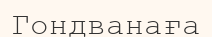
Гондванаға